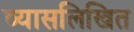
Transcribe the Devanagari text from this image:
व्यासलिखित